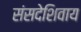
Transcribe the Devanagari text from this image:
संसदेशिवाय